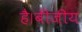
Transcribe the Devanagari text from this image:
है।बीजीय